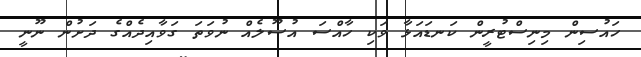
ހައުސިން މިނިސްޓުރީން ކަނޑައަޅާ ވަކި ހާއްސަ އުސޫލެއް ނުވަތަ ގަވާއިދެއްގެ ދަށުން ނޫނީ